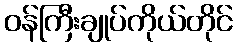
ဝန်ကြီးချုပ်ကိုယ်တိုင်